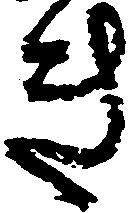
き